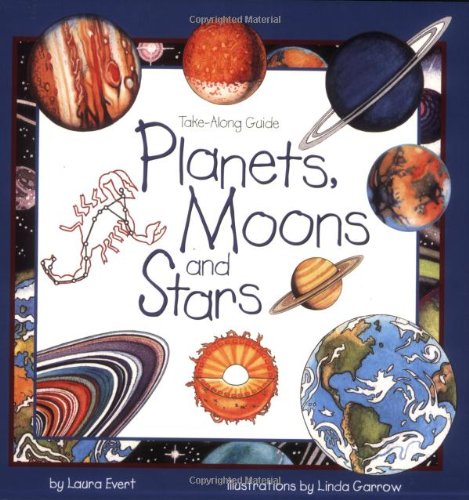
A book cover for Planets, Moons and Stars: Take-Along Guide (Take Along Guides); Laura Evert; Children's Books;